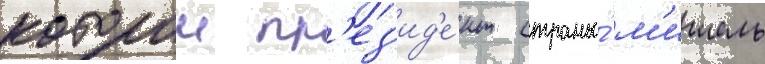
которои пр'ез'ид'е́нт страны́ м'ишель